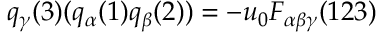
q _ { \gamma } ( 3 ) ( q _ { \alpha } ( 1 ) q _ { \beta } ( 2 ) ) = - u _ { 0 } F _ { \alpha \beta \gamma } ( 1 2 3 )